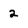
Character: 2